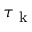
\tau _ { \mathrm { ~ k ~ } }